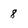
Character: 8